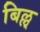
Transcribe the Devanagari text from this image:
बिल्ल्